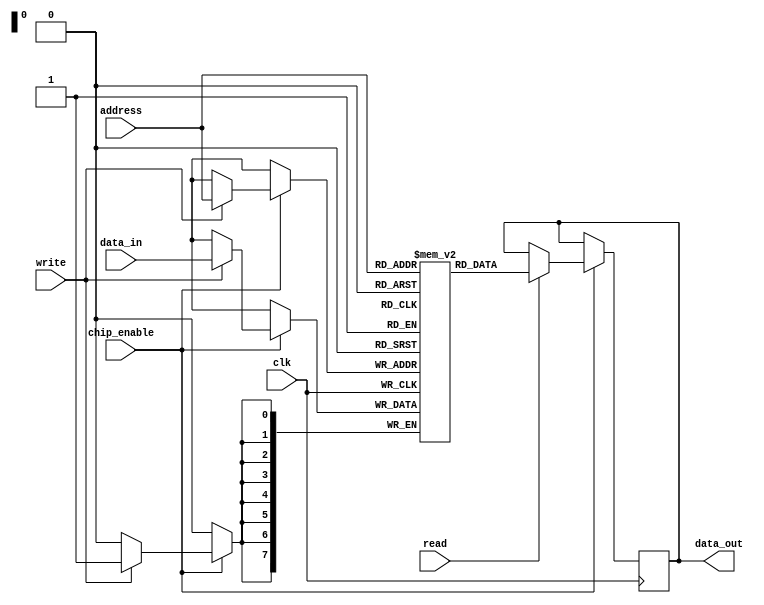
module io_blocks_data_scratchpad_memory #(
    parameter MEM_SIZE = 256,         // Configurable size (in bytes)
    parameter DATA_WIDTH = 8           // Configurable data width (in bits)
) (
    input wire clk,                    // Clock signal
    input wire chip_enable,            // Chip enable signal
    input wire read,                   // Read control signal
    input wire write,                  // Write control signal
    input wire [$clog2(MEM_SIZE)-1:0] address, // Address input
    input wire [DATA_WIDTH-1:0] data_in, // Data input
    output reg [DATA_WIDTH-1:0] data_out // Data output
);

// Memory array (2D array)
reg [DATA_WIDTH-1:0] memory [0:MEM_SIZE-1];

// Read/Write operations
always @(posedge clk) begin
    if (chip_enable) begin
        if (write) begin
            memory[address] <= data_in; // Write operation
        end
        
        if (read) begin
            data_out <= memory[address]; // Read operation
        end
    end
end

endmodule